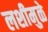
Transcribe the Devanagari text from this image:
लशीमुळे